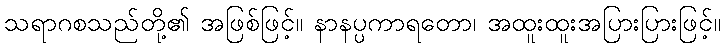
သရာဂစသည်တို့၏ အဖြစ်ဖြင့်။ နာနပ္ပကာရတော၊ အထူးထူးအပြားပြားဖြင့်။